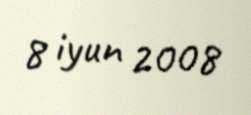
8 iyun 2008